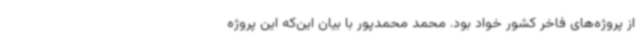
از پروژه‌های فاخر کشور خواد بود. محمد محمدپور با بیان این‌که این پروژه